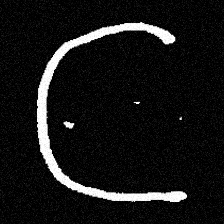
Pyu character \u2014 Myanmar letter: ဋ (romanized: tta)